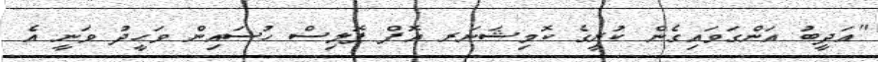
"އަދީބު އަންގަވައިގެން ކުރީގެ ކޮމިޝަނަރ އޮފް ޕޮލިސް ހުސައިން ވަހީދު ވަނީ އެ